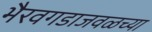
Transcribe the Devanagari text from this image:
भैरवगडाजवळच्या